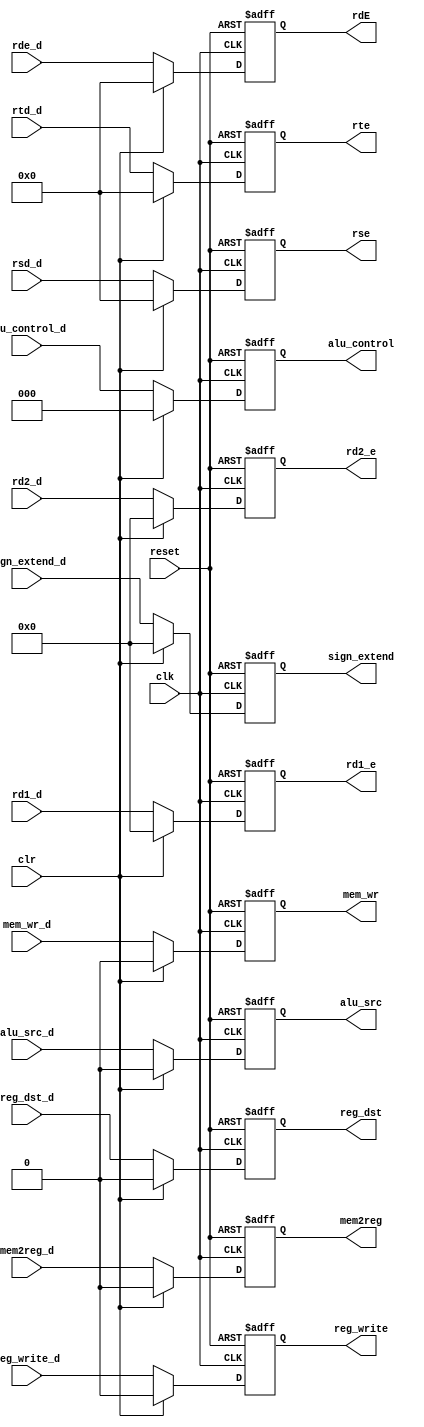
module execute_pipe_reg
#(parameter data_width=32,alu_ctrl_width=3,op_width=5)
(input clk,
input reset ,
input clr,
//control_unit_in
input reg_write_d,
input mem2reg_d,
input mem_wr_d,
input [alu_ctrl_width-1:0] alu_control_d,
input alu_src_d,
input reg_dst_d,


//----------
//operand_inputs
input [data_width-1:0] rd1_d,
input [data_width-1:0] rd2_d,
input [op_width-1:0] rsd_d,
input [op_width-1:0] rtd_d,
input [op_width-1:0] rde_d,
input [data_width-1:0] sign_extend_d,
//----------
//outputs
output reg reg_write,
output reg mem2reg,
output reg mem_wr,
output reg  [alu_ctrl_width-1:0] alu_control,
output reg  alu_src,
output reg  reg_dst,

//operand_output
output reg [data_width-1:0] rd1_e,
output reg [data_width-1:0] rd2_e,
output reg[op_width-1:0] rse,
output reg [op_width-1:0] rte,
output reg [op_width-1:0] rdE,
output reg [data_width-1:0] sign_extend
//----------
);
always @ (posedge clk,negedge reset)begin
    if(!reset)begin
 reg_write<=1'b0;
mem2reg<=1'b0;
mem_wr<=1'b0;
alu_control<={alu_ctrl_width{1'b0}};
alu_src<=1'b0;
reg_dst<=1'b0;

//operand_output
rd1_e<={data_width{1'b0}};
rd2_e<={data_width{1'b0}};
rse<={op_width{1'b0}};
rte<= {op_width{1'b0}};
rdE<={op_width{1'b0}};
sign_extend<={data_width{1'b0}};
    
    end
    else if(clr==1'b1) begin
reg_write<=1'b0;
mem2reg<=1'b0;
mem_wr<=1'b0;
alu_control<={alu_ctrl_width{1'b0}};
alu_src<=1'b0;
reg_dst<=1'b0;

//operand_output
rd1_e<={data_width{1'b0}};
rd2_e<={data_width{1'b0}};
rse<={op_width{1'b0}};
rte<= {op_width{1'b0}};
rdE<={op_width{1'b0}};
sign_extend<={data_width{1'b0}};
    end
    else begin
reg_write<=reg_write_d;   
mem2reg<=mem2reg_d;
mem_wr<=mem_wr_d;
alu_control<=alu_control_d;
alu_src<=alu_src_d;
reg_dst<=reg_dst_d;

//operand_output
rd1_e<=rd1_d;
rd2_e<=rd2_d;
rse<=rsd_d;
rte<=  rtd_d;
rdE<=rde_d;
sign_extend<=sign_extend_d;
    end

end

endmodule